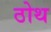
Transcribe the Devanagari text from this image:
ठोथ